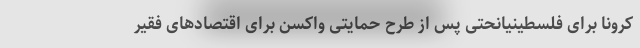
کرونا برای فلسطینیانحتی پس از طرح حمایتی واکسن برای اقتصادهای فقیر